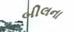
બીલના